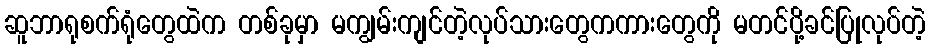
ဆူဘာရုစက်ရုံတွေထဲက တစ်ခုမှာ မကျွမ်းကျင်တဲ့လုပ်သားတွေကကားတွေကို မတင်ပို့ခင်ပြုလုပ်တဲ့